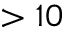
> 1 0